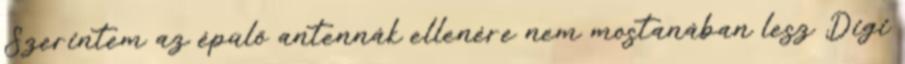
Szerintem az épülő antennák ellenére nem mostanában lesz Digi